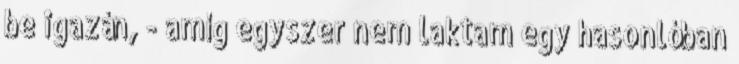
be igazán, - amíg egyszer nem laktam egy hasonlóban